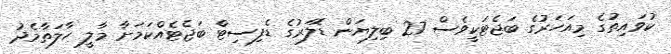
ކުވައިތުގެ މިއަހަރުގެ ބަޖެޓަކީވެސް 27 ބިލިޔަން ޑޮލަރުގެ ޑެފިސިޓް ބަޖެޓެއްކަމަށާ މާލީ ހާލަތާމެދު